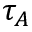
\tau _ { A }